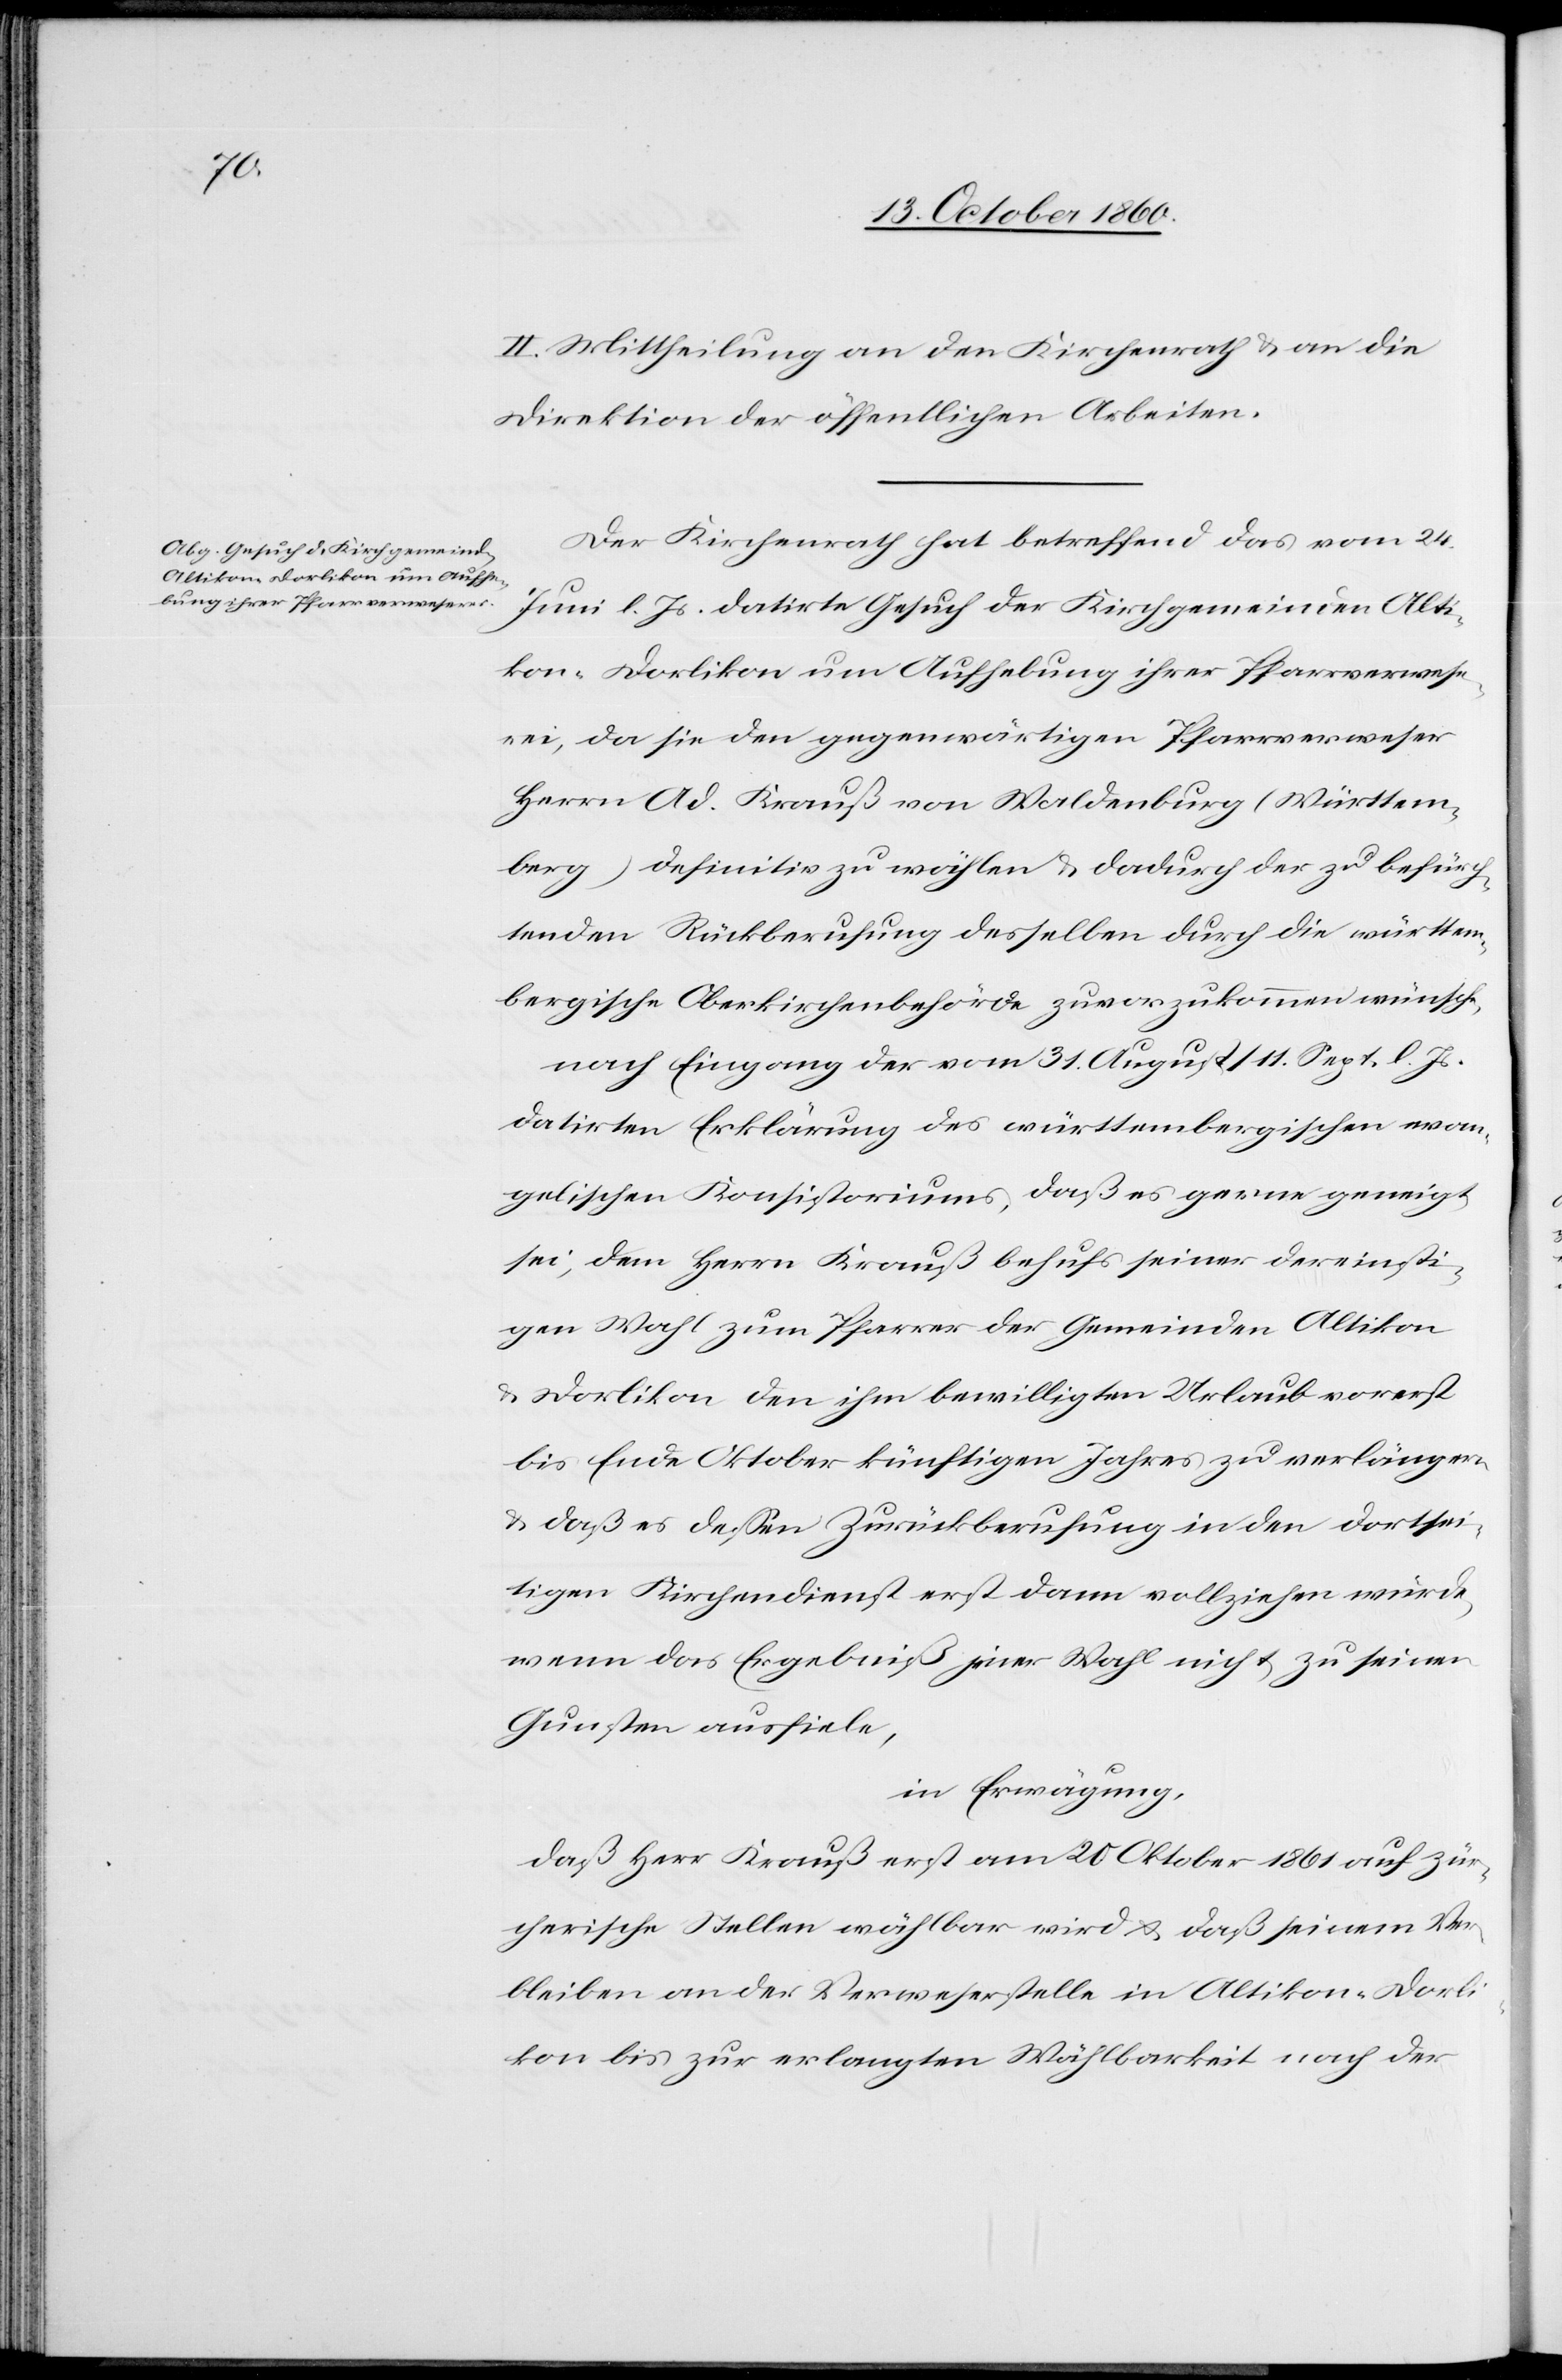
II. Mittheilung an den Kirchenrath u. an die
Direktion der öffentlichen Arbeiten.
Der Kirchenrath hat betreffend das vom 24.
Juni l. Js. datirte Gesuch der Kirchgemeinden Alti¬
kon-Dorlikon um Aufhebung ihrer Pfarrverwese¬
rei, da sie den gegenwärtigen Pfarrverweser
Herrn Ad. Krauß von Waldenburg (Württem¬
berg) definitiv zu wählen u. dadurch der zu befürch¬
tenden Rückberufung desselben durch die württem¬
bergische Oberkirchenbehörde zuvorzukommen wünsche,
nach Eingang der vom 31. August / 11. September l. Js.
datirten Erklärung des württembergischen evan¬
gelischen Konsistoriums, daß es gerne geneigt
sei, dem Herrn Krauß behufs einer dereinsti¬
gen Wahl zum Pfarrer der Gemeinen Altikon
u. Dorlikon den ihm bewilligten Urlaub vorerst
bis Ende Oktober künftigen Jahres zu verlängern
u. daß es dessen Zurückberufung in den dortsei¬
tigen Kirchendienst erst dann vollziehen würde,
wenn das Ergebniß jener Wahl nicht zu seinen
Gunsten ausfiele,
in Erwägung,
daß Herr Krauß erst am 20. Oktober 1861 auf zür¬
cherische Stellen wählbar wird u. daß seinem Ver¬
bleiben an der Verweserstelle in Altikon-Dorli¬
kon bis zur verlangten Wählbarkeit nach der